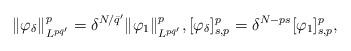
LaTeX: \begin{align*}\|\varphi_\delta\|_{L^{p\bar q'}}^p=\delta^{N/\bar q'}\|\varphi_1\|_{L^{p\bar q'}}^p,[\varphi_\delta]_{s,p}^p=\delta^{N-ps}[\varphi_1]_{s,p}^p,\end{align*}